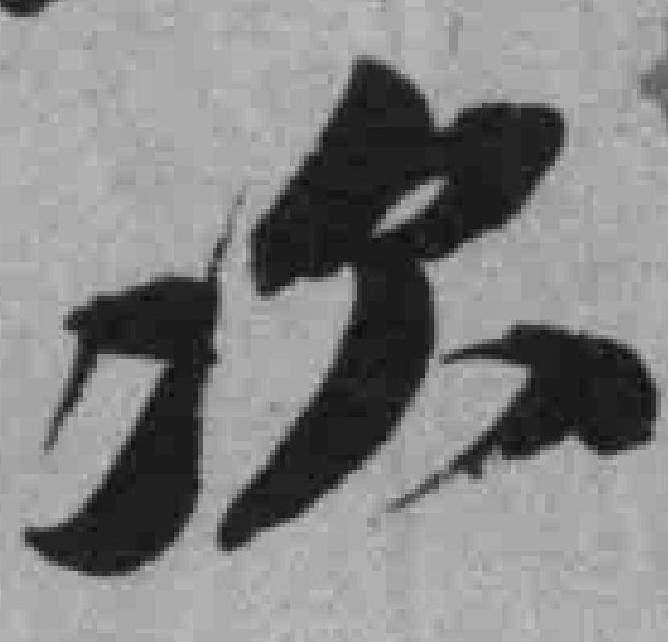
次